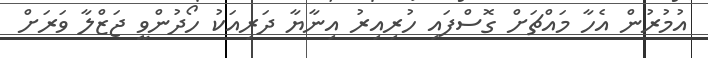
އުމުރުން އެހާ މައްޗަށް ގޮސްފައި ހުރިއިރު އިނާޔާ ދަރިއަކު ހޯދުންވީ ޖަޒްލާ ވަރަށް